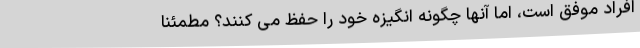
افراد موفق است، اما آنها چگونه انگیزه خود را حفظ می کنند؟ مطمئناً